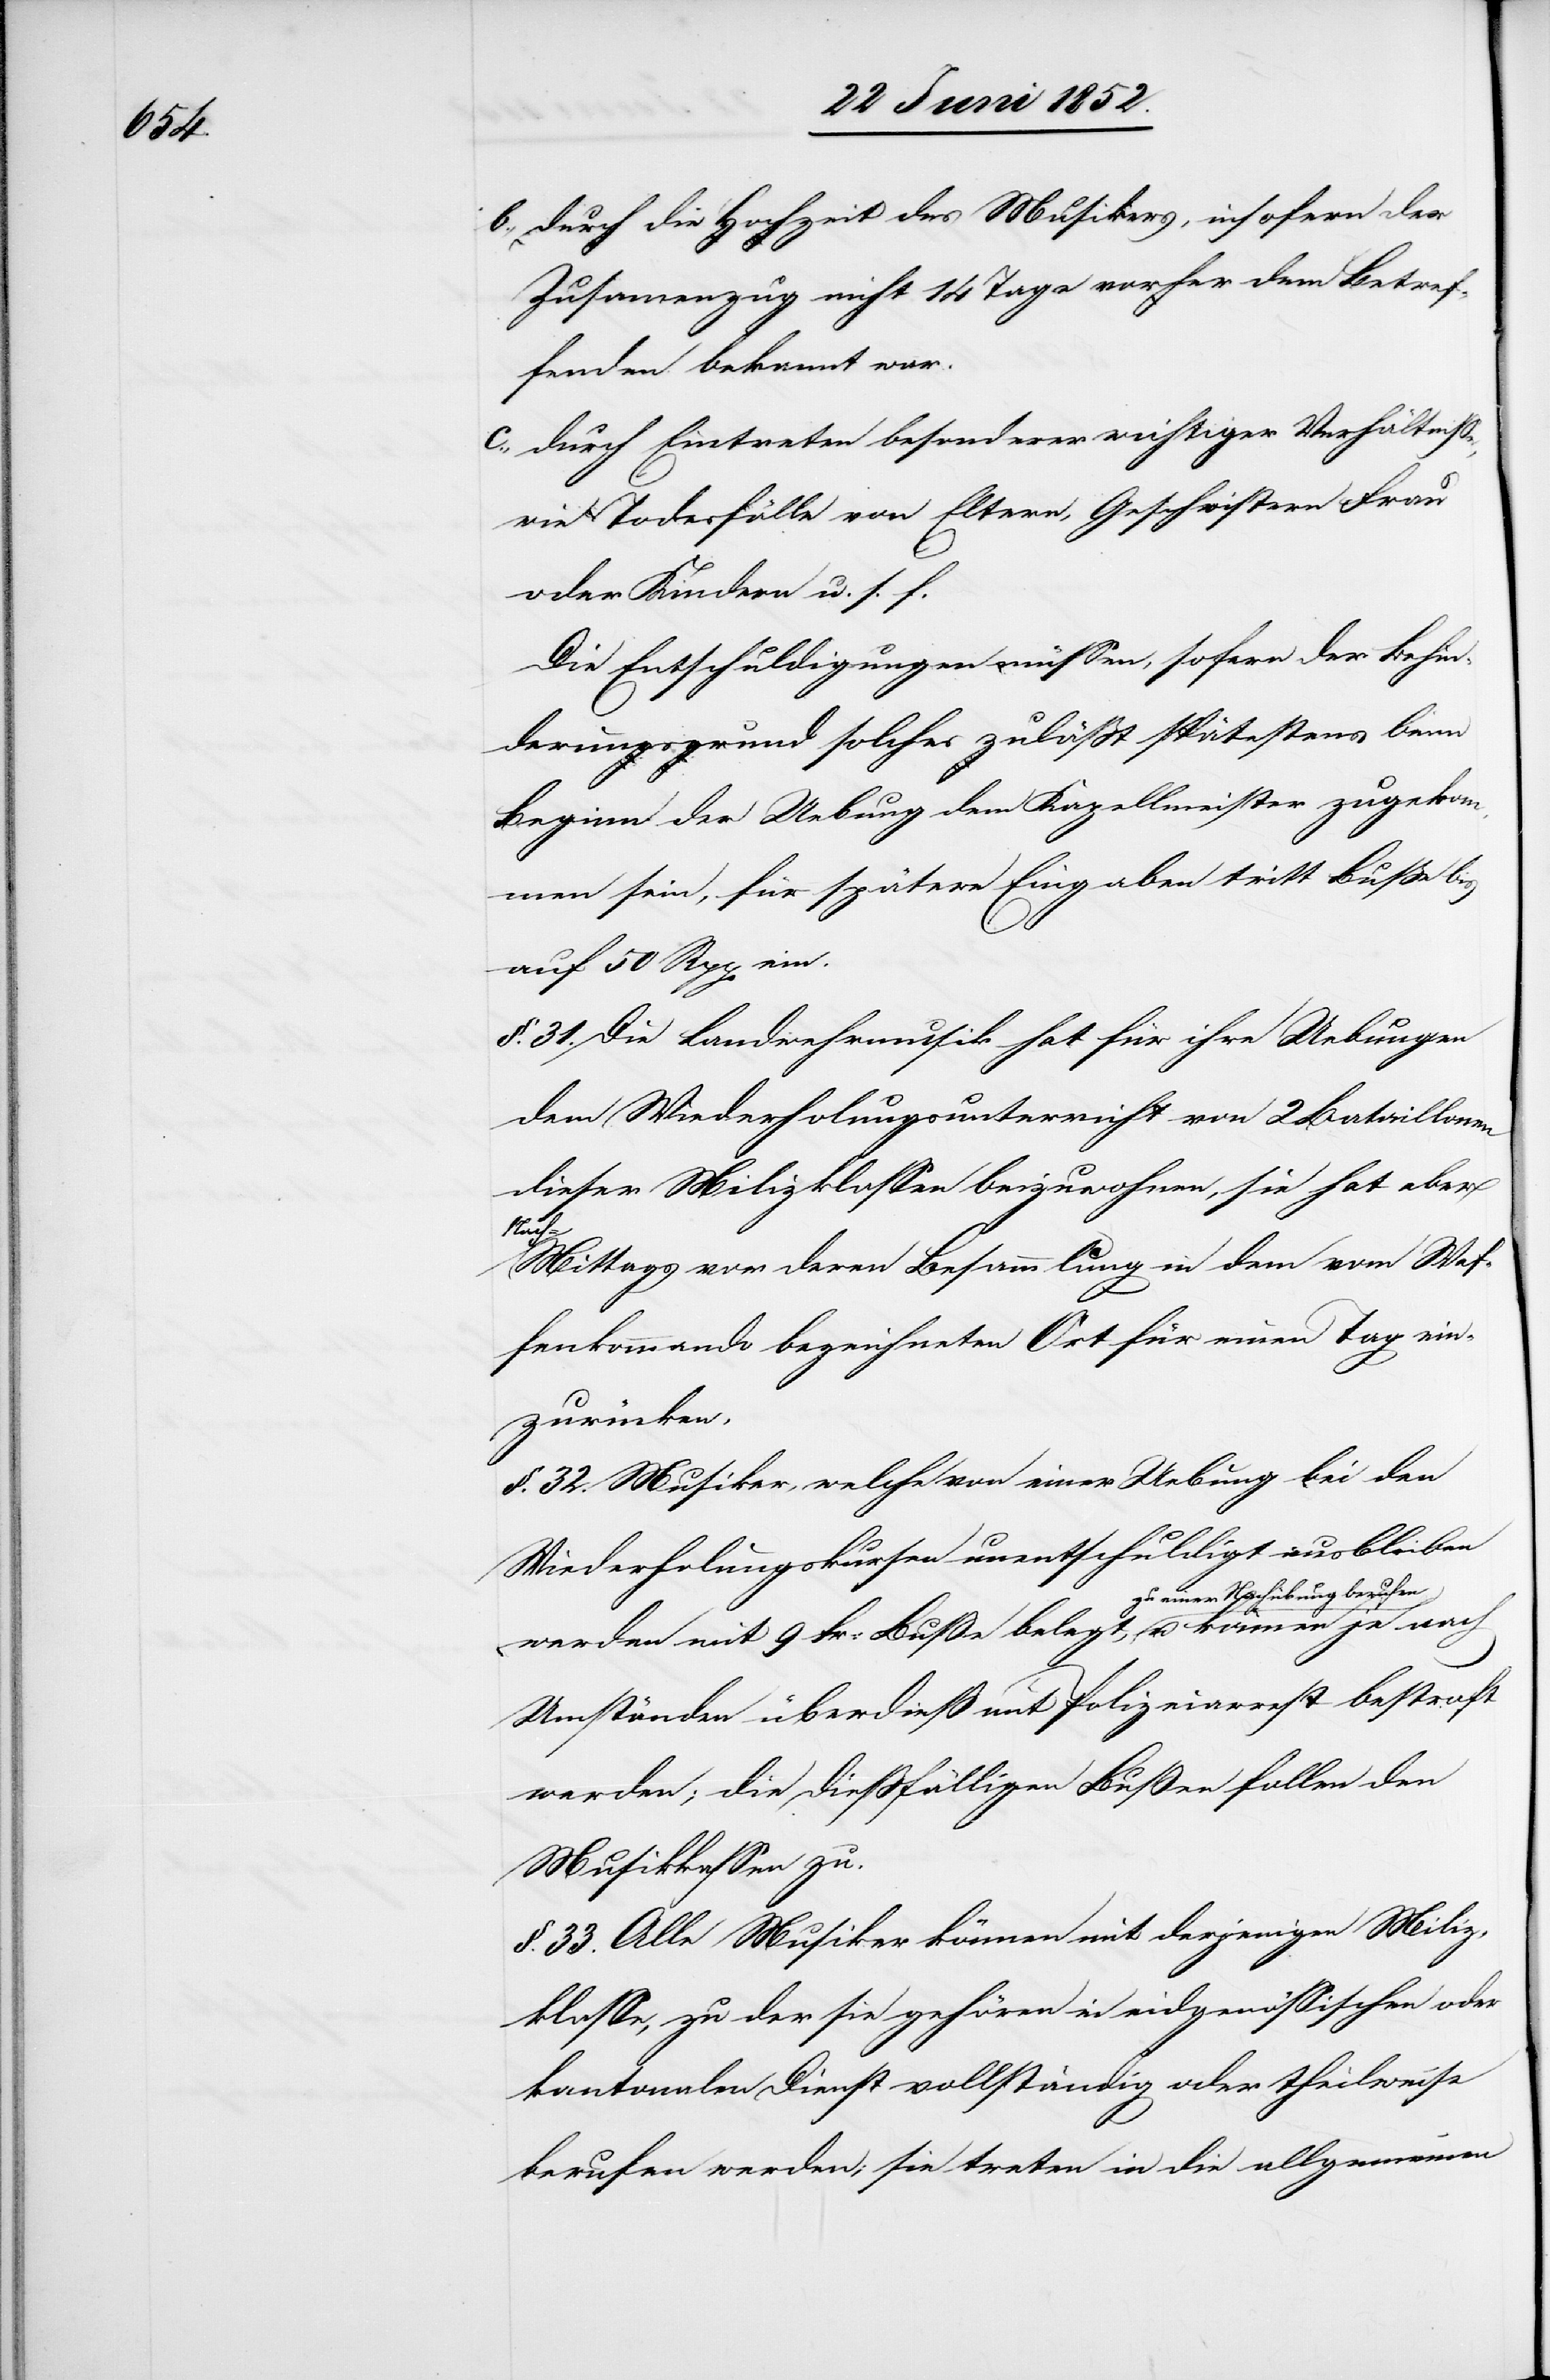
b.,

durch die Hochzeit des Musikers, insofern der
Zusamenzug nicht 14 Tage vorher dem Betref¬
fenden bekannt war.
durch Eintreten besonderer wichtiger Verhältnisse,
wie Todesfälle von Eltern, Geschwistern[,] Frau
oder Kindern u. s. f.
Die Entschuldigungen müssen, sofern der Behin¬
derungsgrund solches zuläßt spätestens beim
Beginn der Uebung dem Kapellmeister zugekom¬
men sein, für spätere Eingaben tritt Buße bis
auf 50 Rpp ein.
§. 31. Die Landwehrmusik hat für ihre Uebungen
dem Wiederholungsunterricht von 2 Bataillonen
dieser Milizklassen beizuwohnen, sie hat aber
nach
ittags vor deren Besammlung in dem vom Waf¬
fenkommando bezeichneten Ort für einen Tag ein¬
zurücken.
§. 32. Musiker, welche von einer Uebung bei den
Wiederholungskursen unentschuldigt ausbleiben
werden mit 9 Fr: Busse belegt, zu einer Nachübung
Umständen überdiess mit Polizeiarrest bestraft
werden; die diessfälligen Bußen fallen den
Musikkassen zu.
§. 33. Alle Musiker können mit derjenigen Miliz¬
klasse, zu der sie gehören in eidgenössischen oder
kantonalen Dienst vollständig oder theilweise
berufen werden; sie treten in die allgemeinen